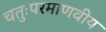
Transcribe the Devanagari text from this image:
चतुःपरमाणवीय